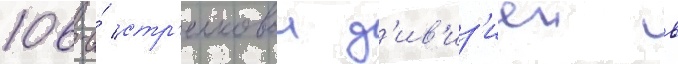
106-и́ стр'елковои д'ив'из'иеи в